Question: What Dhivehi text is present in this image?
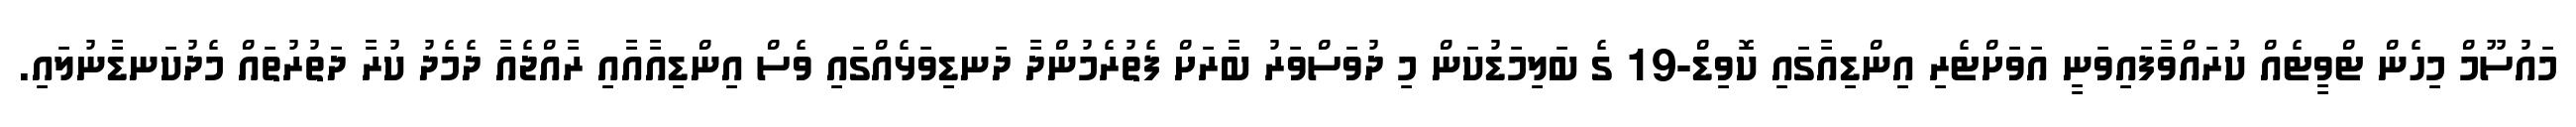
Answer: މައުސޫމް މިހެން ޓްވީޓެއް ކުރައްވާފައިވަނީ އަވަށްޓެރި އިންޑިއާގައި ކޮވިޑް-19 ގެ ބަލިމަޑުކަން މި ދުވަސްވަރު ބާރަށް ފެތުރެމުންދާ ދަނޑިވަޅެއްގައި ވެސް އިންޑިއާއާއި ރާއްޖެއާ ދެމެދު ކުރާ ދަތުރުތައް މެދުކަނޑާނުލައި.